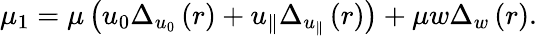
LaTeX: \mu_{1}=\mu\left(u_{0}\Delta_{u_{0}}\left(r\right)+u_{\parallel}\Delta_{u_{\parallel}}\left(r\right)\right)+\mu w\Delta_{w}\left(r\right).